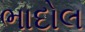
ભાદોલ